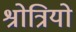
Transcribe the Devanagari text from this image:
श्रोत्रियो